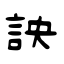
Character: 詇